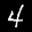
Label: 4